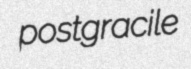
postgracile